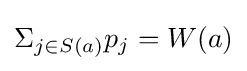
\Sigma _{j\in S(a)}p_{j}=W(a)